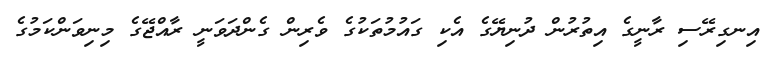
އިނގިރޭސި ރާނީގެ އިތުރުން ދުނިޔޭގެ އެކި ގައުމުތަކުގެ ވެރިން ގެންދަވަނީ ރާއްޖޭގެ މިނިވަންކަމުގެ